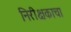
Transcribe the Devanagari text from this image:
निरीक्षकाचा